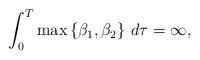
LaTeX: \begin{align*} \int_0^T \max\left\{\beta_1,\beta_2\right\}\,d\tau=\infty, \end{align*}